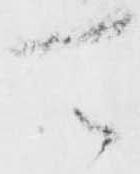
可